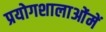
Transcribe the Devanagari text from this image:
प्रयोगशालाओंमें